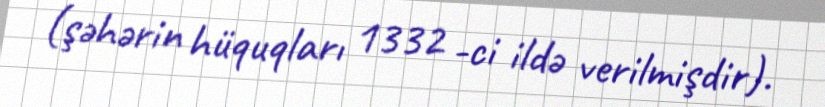
(şəhərin hüquqları 1332 -ci ildə verilmişdir).